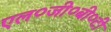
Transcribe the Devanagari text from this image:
एल०जी०बी०टी